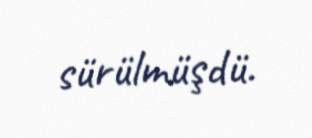
sürülmüşdü.